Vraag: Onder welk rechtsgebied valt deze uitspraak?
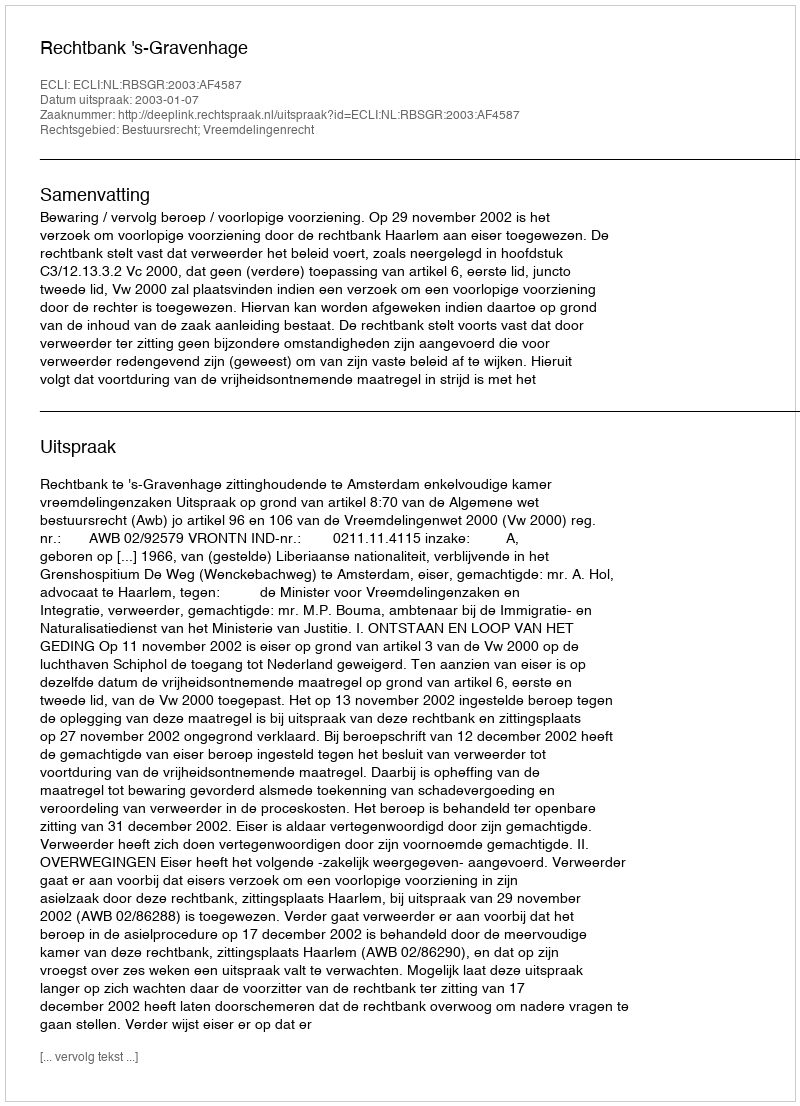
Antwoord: Bestuursrecht; Vreemdelingenrecht